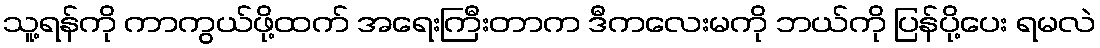
သူ့ရန်ကို ကာကွယ်ဖို့ထက် အရေးကြီးတာက ဒီကလေးမကို ဘယ်ကို ပြန်ပို့ပေး ရမလဲ